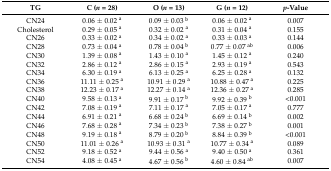
<table><thead><tr><td><b>TG</b></td><td><b>C (<i>n</i> = 28)</b></td><td><b>O (<i>n</i> = 13)</b></td><td><b>G (<i>n</i> = 12)</b></td><td><b><i>p</i>-Value</b></td></tr></thead><tbody><tr><td>CN24</td><td>0.06 ± 0.02 <sup>a</sup></td><td>0.09 ± 0.03 <sup>b</sup></td><td>0.06 ± 0.02 <sup>a</sup></td><td>0.007</td></tr><tr><td>Cholesterol</td><td>0.29 ± 0.05 <sup>a</sup></td><td>0.32 ± 0.02 <sup>a</sup></td><td>0.31 ± 0.04 <sup>a</sup></td><td>0.155</td></tr><tr><td>CN26</td><td>0.33 ± 0.02 <sup>a</sup></td><td>0.34 ± 0.02 <sup>a</sup></td><td>0.33 ± 0.03 <sup>a</sup></td><td>0.144</td></tr><tr><td>CN28</td><td>0.73 ± 0.04 <sup>a</sup></td><td>0.78 ± 0.04 <sup>b</sup></td><td>0.77 ± 0.07 <sup>ab</sup></td><td>0.006</td></tr><tr><td>CN30</td><td>1.39 ± 0.08 <sup>a</sup></td><td>1.43 ± 0.10 <sup>a</sup></td><td>1.45 ± 0.12 <sup>a</sup></td><td>0.240</td></tr><tr><td>CN32</td><td>2.86 ± 0.12 <sup>a</sup></td><td>2.86 ± 0.15 <sup>a</sup></td><td>2.93 ± 0.19 <sup>a</sup></td><td>0.543</td></tr><tr><td>CN34</td><td>6.30 ± 0.19 <sup>a</sup></td><td>6.13 ± 0.25 <sup>a</sup></td><td>6.25 ± 0.28 <sup>a</sup></td><td>0.132</td></tr><tr><td>CN36</td><td>11.11 ± 0.25 <sup>a</sup></td><td>10.91 ± 0.29 <sup>a</sup></td><td>10.88 ± 0.47 <sup>a</sup></td><td>0.225</td></tr><tr><td>CN38</td><td>12.23 ± 0.17 <sup>a</sup></td><td>12.27 ± 0.14 <sup>a</sup></td><td>12.36 ± 0.27 <sup>a</sup></td><td>0.285</td></tr><tr><td>CN40</td><td>9.58 ± 0.13 <sup>a</sup></td><td>9.91 ± 0.17 <sup>b</sup></td><td>9.92 ± 0.39 <sup>b</sup></td><td>&lt;0.001</td></tr><tr><td>CN42</td><td>7.08 ± 0.19 <sup>a</sup></td><td>7.11 ± 0.17 <sup>a</sup></td><td>7.05 ± 0.17 <sup>a</sup></td><td>0.777</td></tr><tr><td>CN44</td><td>6.91 ± 0.21 <sup>a</sup></td><td>6.68 ± 0.24 <sup>b</sup></td><td>6.69 ± 0.14 <sup>b</sup></td><td>0.002</td></tr><tr><td>CN46</td><td>7.68 ± 0.28 <sup>a</sup></td><td>7.34 ± 0.23 <sup>b</sup></td><td>7.38 ± 0.27 <sup>b</sup></td><td>0.001</td></tr><tr><td>CN48</td><td>9.19 ± 0.18 <sup>a</sup></td><td>8.79 ± 0.20 <sup>b</sup></td><td>8.84 ± 0.39 <sup>b</sup></td><td>&lt;0.001</td></tr><tr><td>CN50</td><td>11.01 ± 0.26 <sup>a</sup></td><td>10.93 ± 0.31 <sup>a</sup></td><td>10.77 ± 0.34 <sup>a</sup></td><td>0.089</td></tr><tr><td>CN52</td><td>9.18 ± 0.52 <sup>a</sup></td><td>9.44 ± 0.56 <sup>a</sup></td><td>9.40 ± 0.50 <sup>a</sup></td><td>0.361</td></tr><tr><td>CN54</td><td>4.08 ± 0.45 <sup>a</sup></td><td>4.67 ± 0.56 <sup>b</sup></td><td>4.60 ± 0.84 <sup>ab</sup></td><td>0.007</td></tr></tbody></table>